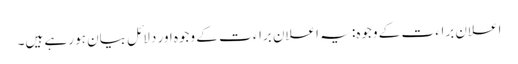
اعلان براء ت کے وجوہ: یہ اعلان براء ت کے وجوہ اور دلائل بیان ہو رہے ہیں۔